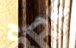
صحيح